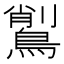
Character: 𪃅